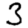
Digit: 3